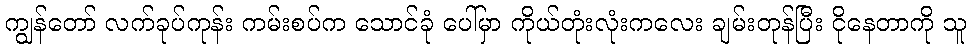
ကျွန်တော် လက်ခုပ်ကုန်း ကမ်းစပ်က သောင်ခုံ ပေါ်မှာ ကိုယ်တုံးလုံးကလေး ချမ်းတုန်ပြီး ငိုနေတာကို သူ